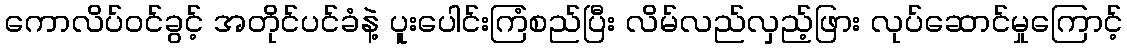
ကောလိပ်၀င်ခွင့် အတိုင်ပင်ခံနဲ့ ပူးပေါင်းကြံစည်ပြီး လိမ်လည်လှည့်ဖြား လုပ်ဆောင်မှုကြောင့်